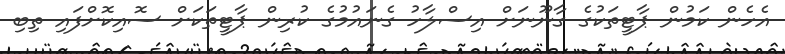
އެހެން ކަމުން ޕާޓީތަކުގެ ގާނޫނަށް އިސްލާހު ގެނައުމުގެ ކުރިން ޕާޓީތަކަށް ސޮއިކޮށްފައި ތިބި